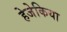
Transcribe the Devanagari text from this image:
हेजेकिया